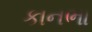
કાનભા